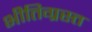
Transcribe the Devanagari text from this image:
भीतिग्रस्त